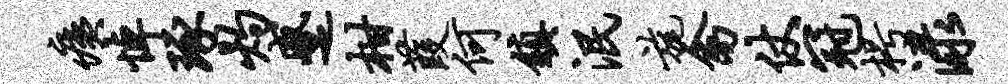
痍悼琢灼蹙柑葭何镇泯旄禽仗冠枵渌